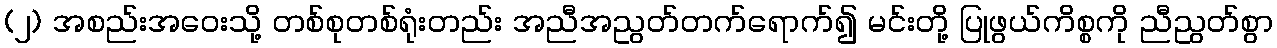
(၂) အစည်းအဝေးသို့ တစ်စုတစ်ရုံးတည်း အညီအညွတ်တက်ရောက်၍ မင်းတို့ ပြုဖွယ်ကိစ္စကို ညီညွတ်စွာ